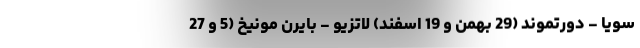
سویا - دورتموند (29 بهمن و 19 اسفند) لاتزیو - بایرن مونیخ (5 و 27